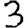
Digit: 3